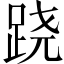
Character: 跷